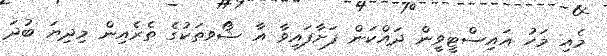
މެއި މަހު އައިސްޓީވީން ދައްކަން ފަށާފައިވާ އާ ޝޯވތަކުގެ ތެރެއިން މިދިޔަ ބުދަ